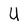
Character: U